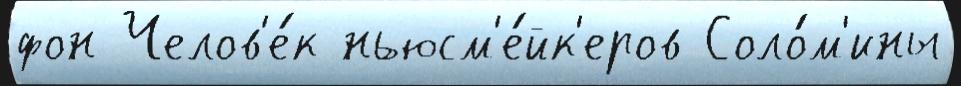
фон Челов'е́к ньюсм'е́йк'еров Соло́м'ины